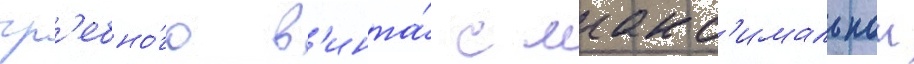
гр'ебно́го в'инта́ с макс'имальнои